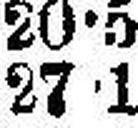
27•1